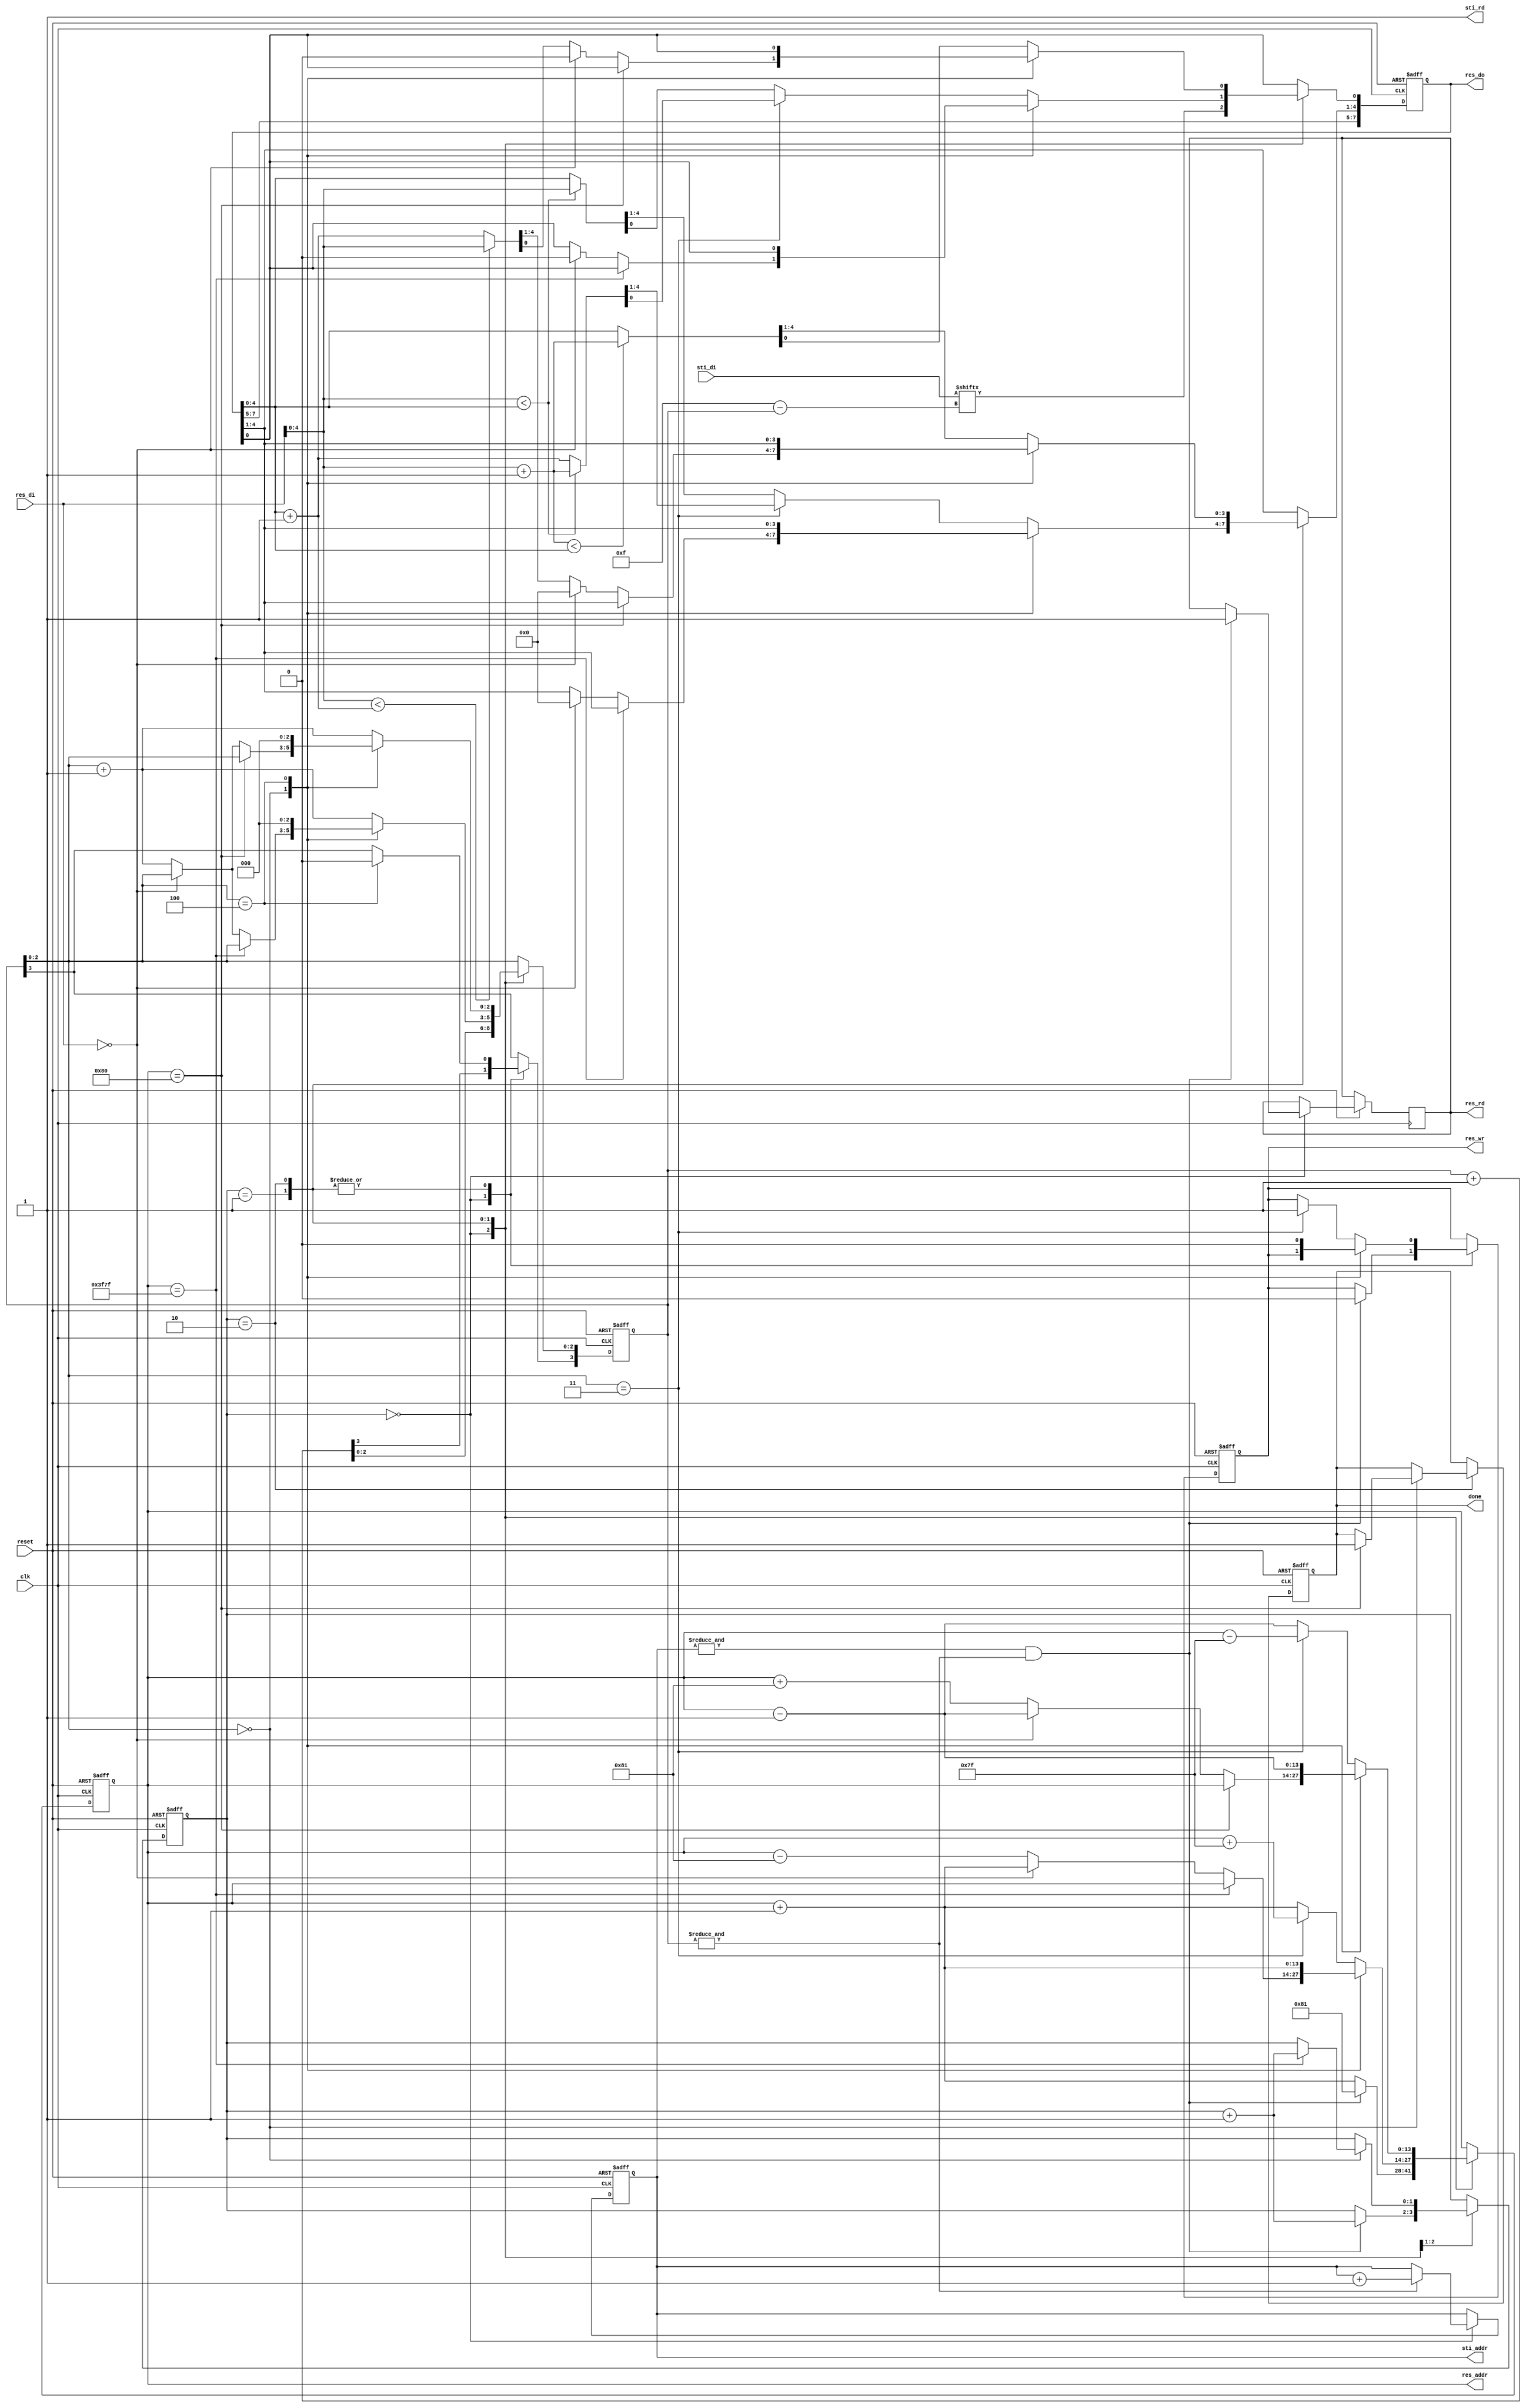
module DT(
	input 			clk, 
	input			reset,
	output	reg		done ,
	output			sti_rd ,
	output	reg 	[9:0]	sti_addr ,
	input		[15:0]	sti_di,
	output	reg		res_wr ,
	output	reg		res_rd ,
	output	reg 	[13:0]	res_addr ,
	output	reg 	[7:0]	res_do,
	input		[7:0]	res_di
	);

reg [1:0] mode;
reg [3:0] step;
assign sti_rd = 1'b1;

always @(posedge clk or negedge reset) begin
	if (!reset) begin
		done <= 0;
		sti_addr <= 0;
		res_wr <= 1'b1 ;
		res_addr <= 14'd16383;
		res_do <= 0;
		
		mode <= 0;
		step <= 0;
	end
	else begin
		case (mode)
			2'b00:begin
				res_do[0] <= sti_di[4'd15-step];
				res_addr <= res_addr + 14'd1;
				step <= step + 4'd1;
				if (&step) sti_addr <= sti_addr + 10'd1;
				if((&sti_addr)&&(&step)) begin 
					mode <= mode+ 2'd1;
					res_wr<=0;
					res_rd <= 1'b1;
					res_addr <= 14'd129;
				end
			end
			2'b01:begin
				case (step[2:0])
					3'b000:begin
						if (res_addr == 14'd16255) mode <= mode + 2'd1;
						else if(res_di == 0) begin res_addr <= res_addr + 14'd1;res_do[4:0] <= 0;end
						else begin
							step[2:0] <= step[2:0] + 3'd1;
							res_addr <= res_addr - 14'd129;
						end				
					end
					3'b100:begin
						res_wr <= 0;
						step <= 0;
						res_addr <= res_addr + 14'd1;
					end
					default:begin //step 1~3
						step[2:0] <= step[2:0] + 3'd1;	
						if(step[2:0] == 3'b011) begin
							res_addr <= res_addr + 14'd127;
							res_do[4:0] <= (res_di[4:0] < res_do[4:0])? res_di[4:0]+5'd1:res_do[4:0]+5'd1;
							res_wr <= 1'b1;
						end
						else begin 
							res_addr <= res_addr + 14'd1;
							res_do[4:0] <= (res_di[4:0] < res_do[4:0])? res_di[4:0]:res_do[4:0];
						end
					end
					
				endcase//res_addr = 16255
			end
			2'b10: begin
				case (step[2:0])
					3'b000:begin
						if (res_addr == 14'd128) done <= 1'b1;
						else if(res_di == 0) begin res_addr <= res_addr - 14'd1; res_do[4:0] <= 0;end
						else begin
							res_do[4:0] <= (res_di[4:0] < res_do[4:0] + 5'd1)? res_di[4:0]:res_do[4:0]+5'd1;
							step[2:0] <= step[2:0] + 3'd1;
							res_addr <= res_addr + 14'd129;
						end
					end
					3'b100: begin
						res_wr <= 0;
						step <= 0;
						res_addr <= res_addr - 14'd1;
					end
					default:begin //step 1~3
						res_do[4:0] <= (res_di[4:0] + 5'd1 < res_do[4:0])? res_di[4:0]+5'd1:res_do[4:0];
						step[2:0] <= step[2:0] + 3'd1;	
						if(step[2:0] == 3'b011) begin 
							res_addr <= res_addr - 14'd127;
							res_wr <= 1'b1; 
						end
						else res_addr <= res_addr - 14'd1;
					end
				endcase
			end
		endcase
	end
end
endmodule